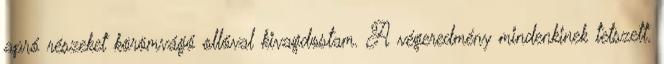
apró részeket körömvágó ollóval kivagdostam. A végeredmény mindenkinek tetszett.